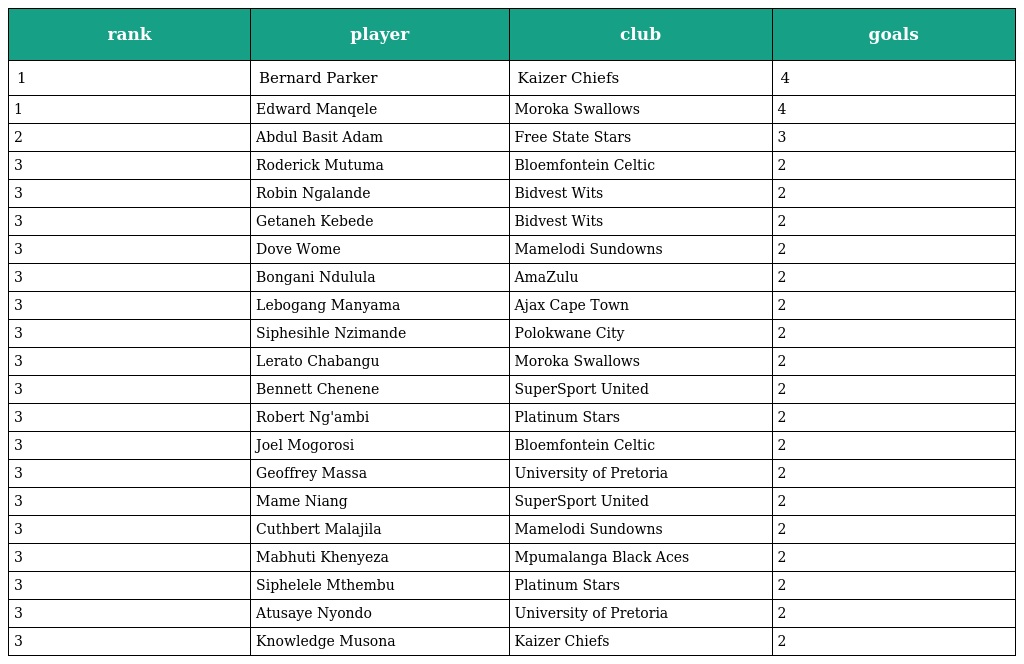
| rank | player | club | goals |
 | --- | --- | --- | --- |
 | 1 | Bernard Parker | Kaizer Chiefs | 4 |
 | 1 | Edward Manqele | Moroka Swallows | 4 |
 | 2 | Abdul Basit Adam | Free State Stars | 3 |
 | 3 | Roderick Mutuma | Bloemfontein Celtic | 2 |
 | 3 | Robin Ngalande | Bidvest Wits | 2 |
 | 3 | Getaneh Kebede | Bidvest Wits | 2 |
 | 3 | Dove Wome | Mamelodi Sundowns | 2 |
 | 3 | Bongani Ndulula | AmaZulu | 2 |
 | 3 | Lebogang Manyama | Ajax Cape Town | 2 |
 | 3 | Siphesihle Nzimande | Polokwane City | 2 |
 | 3 | Lerato Chabangu | Moroka Swallows | 2 |
 | 3 | Bennett Chenene | SuperSport United | 2 |
 | 3 | Robert Ng'ambi | Platinum Stars | 2 |
 | 3 | Joel Mogorosi | Bloemfontein Celtic | 2 |
 | 3 | Geoffrey Massa | University of Pretoria | 2 |
 | 3 | Mame Niang | SuperSport United | 2 |
 | 3 | Cuthbert Malajila | Mamelodi Sundowns | 2 |
 | 3 | Mabhuti Khenyeza | Mpumalanga Black Aces | 2 |
 | 3 | Siphelele Mthembu | Platinum Stars | 2 |
 | 3 | Atusaye Nyondo | University of Pretoria | 2 |
 | 3 | Knowledge Musona | Kaizer Chiefs | 2 |